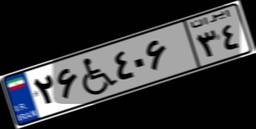
۵۰W۹۶۴۵۸